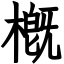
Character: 槪